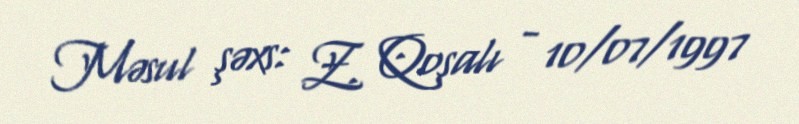
Məsul şəxs: Z. Qoşalı - 10/07/1997